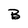
Character: B